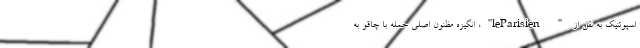
اسپوتنیک به نقل از " leParisien"، انگیزه مظنون اصلی حمله با چاقو به